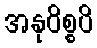
အနုဝိစ္စပိ